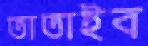
তাতাইব